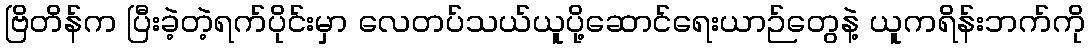
ဗြိတိန်က ပြီးခဲ့တဲ့ရက်ပိုင်းမှာ လေတပ်သယ်ယူပို့ဆောင်ရေးယာဉ်တွေနဲ့ ယူကရိန်းဘက်ကို